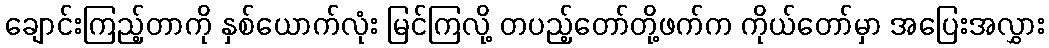
ချောင်းကြည့်တာကို နှစ်ယောက်လုံး မြင်ကြလို့ တပည့်တော်တို့ဖက်က ကိုယ်တော်မှာ အပြေးအလွှား